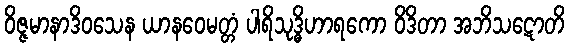
ဝိဇ္ဇမာနာဒိဝသေန ယာနဝေမတ္တံ ပါရိသုဒ္ဓိဟာရကော ဝိဒိတာ အဘိသဋောတိ